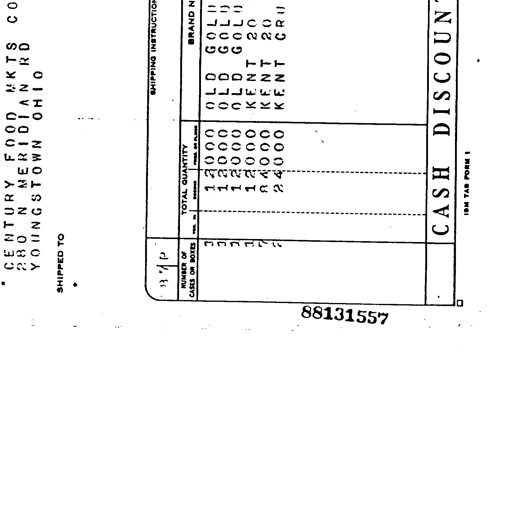
CENTURY FOOD MKTS CO
280 N MERIDIAN RD
YOUNGSTOWN OHIO
SHIPPED TO
SHIPPING INSTRUCTION
BRAND NAME
OLD GOLD
OLD GOLD
OLD GOLD
KENT 20
KENT 20
KENT CRUSH
TOTAL QUANTITY
12000
12000
12000
12000
84000
24000
NUMBER OF
CASES OR BOXES
3
3
3
3
21
6
337P
88131557
CASH DISCOUNT
IBM TAB FORM 1